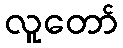
လူတော်